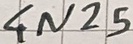
Text: 4N25